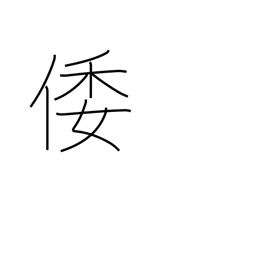
Meaning: ancient Japan